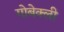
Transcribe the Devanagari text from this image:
गोबेक्ली